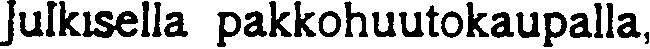
Julkisella pakkohuutokaupalla,